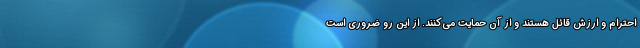
احترام و ارزش قائل هستند و از آن حمایت می‌کنند. از این رو ضروری است